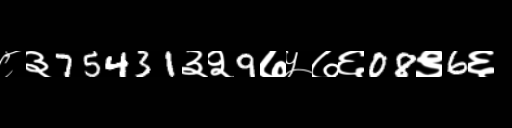
Text: ८३75431३२9७५७६08९6६